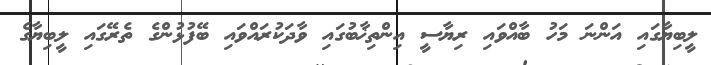
ލީބިޔާގައި އަންނަ މަހު ބާއްވައި ރިޔާސީ އިންތިޚާބުގައި ވާދަކުރައްވައި ބޭފުޅުންގެ ތެރޭގައި ލީބިޔާގެ